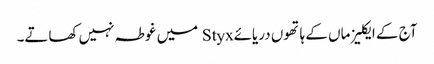
آج کے ایکلیز ماں کے ہاتھوں دریائےStyx میں غوطہ نہیں کھاتے۔